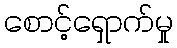
စောင့်ရှောက်မှု